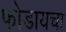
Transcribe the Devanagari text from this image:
फोडायचा